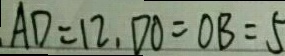
A D = 1 2 , D O = O B = 5